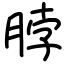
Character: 脖